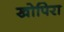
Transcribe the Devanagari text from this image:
खोपिरा